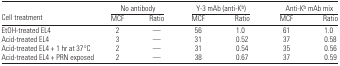
<table><thead><tr><td></td><td colspan="2"><b>No antibody</b></td><td colspan="2"><b>Y-3 mAb (anti-K<sup>b</sup>)</b></td><td colspan="2"><b>Anti-K<sup>b</sup> mAb mix</b></td></tr><tr><td><b>Cell treatment</b></td><td><b>MCF</b></td><td><b>Ratio</b></td><td><b>MCF</b></td><td><b>Ratio</b></td><td><b>MCF</b></td><td><b>Ratio</b></td></tr></thead><tbody><tr><td>EtOH-treated EL4</td><td>2</td><td>—</td><td>56</td><td>1.0</td><td>61</td><td>1.0</td></tr><tr><td>Acid-treated EL4</td><td>3</td><td>—</td><td>31</td><td>0.52</td><td>37</td><td>0.58</td></tr><tr><td>Acid-treated EL4 + 1 hr at 37°C</td><td>2</td><td>—</td><td>31</td><td>0.54</td><td>35</td><td>0.56</td></tr><tr><td>Acid-treated EL4 + PRN exposed</td><td>2</td><td>—</td><td>38</td><td>0.67</td><td>37</td><td>0.59</td></tr></tbody></table>